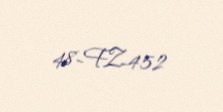
48-FZ-452